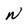
Character: n